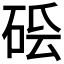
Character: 𥒛